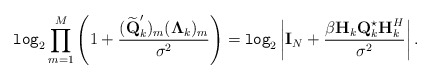
\begin{align*}\texttt{log}_2\prod_{m=1}^M\left(1+\frac{(\widetilde{\textbf{Q}}_k')_{m}(\mathbf{\Lambda}_k)_{m}}{\sigma^2}\right)=\texttt{log}_2\left|\textbf{I}_N+\frac{\beta\textbf{H}_k\textbf{Q}_k^{\star}\textbf{H}_k^H}{\sigma^2}\right|.\end{align*}